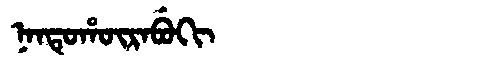
Manchu: ᠨᠠᠨᡨᡠᡥᡡᡵᠠᠪᡠᡴᡳ
Romanization: NANTUHŪRABUKI